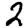
Digit: 2